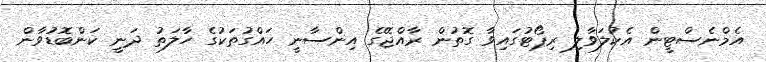
އެމްނެސްޓީން އެކުލަވާލި ރިޕޯޓުގައިވާ ގޮތުން ރާއްޖޭގެ އިންސާނީ ހައްގުތަކުގެ ހާލަތު ދަނީ ކަންބޮޑުވާން